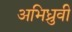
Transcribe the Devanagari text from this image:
अभिध्रुवी